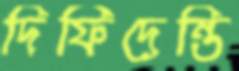
দিফিদেন্তি